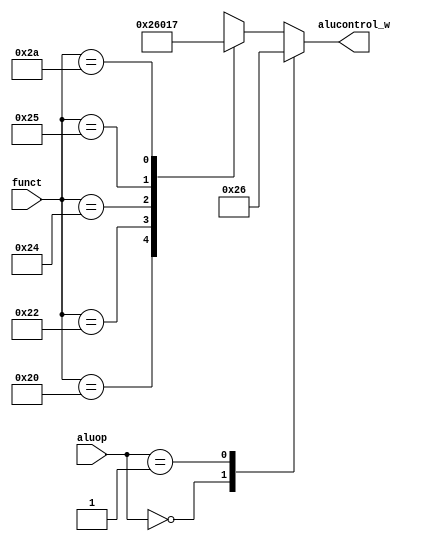
module alucontrol(
input [1:0] aluop,
input [5:0] funct,
output [3:0] alucontrol_w
);
reg [3:0] alucontrol;
assign alucontrol_w = alucontrol;
  always @(*)
  begin
    case(aluop)
      2'b00: alucontrol <= 4'b0010;//addition
      2'b01: alucontrol <= 4'b0110;//subtraction
      //4'b0100: alucontrol <= 4'b0000;//and
      //4'b0101: alucontrol <= 4'b0001;//or
      //4'b0111: alucontrol <= 4'b0111;//slt
      default: case(funct)//RTYPE
          6'b100000: alucontrol <= 4'b0010;//ADD
          6'b100010: alucontrol <= 4'b0110;//SUB
          6'b100100: alucontrol <= 4'b0000;//AND
          6'b100101: alucontrol <= 4'b0001;//OR
          6'b101010: alucontrol <= 4'b0111;//SLT
          default:   alucontrol <= 4'bxxxx;//???
        endcase
    endcase
  end
endmodule